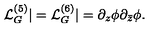
{ \mathcal L } _ { G } ^ { ( 5 ) } | = { \mathcal L } _ { G } ^ { ( 6 ) } | = \partial _ { z } \phi \partial _ { \bar { z } } \phi .